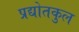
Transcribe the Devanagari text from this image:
प्रद्योतकुल